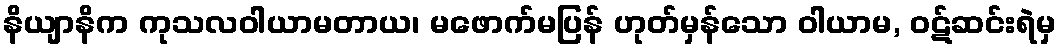
နိယျာနိက ကုသလဝါယာမတာယ၊ မဖောက်မပြန် ဟုတ်မှန်သော ဝါယာမ, ဝဋ်ဆင်းရဲမှ